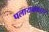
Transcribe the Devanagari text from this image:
पलायक्कारर